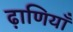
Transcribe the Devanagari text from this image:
ढ़ाणियाँ